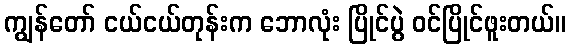
ကျွန်တော် ငယ်ငယ်တုန်းက ဘောလုံး ပြိုင်ပွဲ ဝင်ပြိုင်ဖူးတယ်။